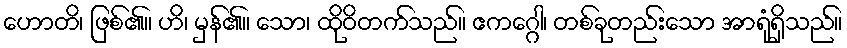
ဟောတိ၊ ဖြစ်၏။ ဟိ၊ မှန်၏။ သော၊ ထိုဝိတက်သည်။ ဧကဂ္ဂေါ၊ တစ်ခုတည်းသော အာရုံရှိသည်။